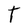
Character: T